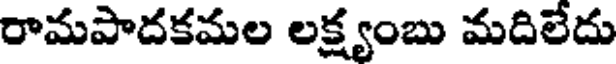
రామపాదకమల లక్ష్యంబు మదిలేదు